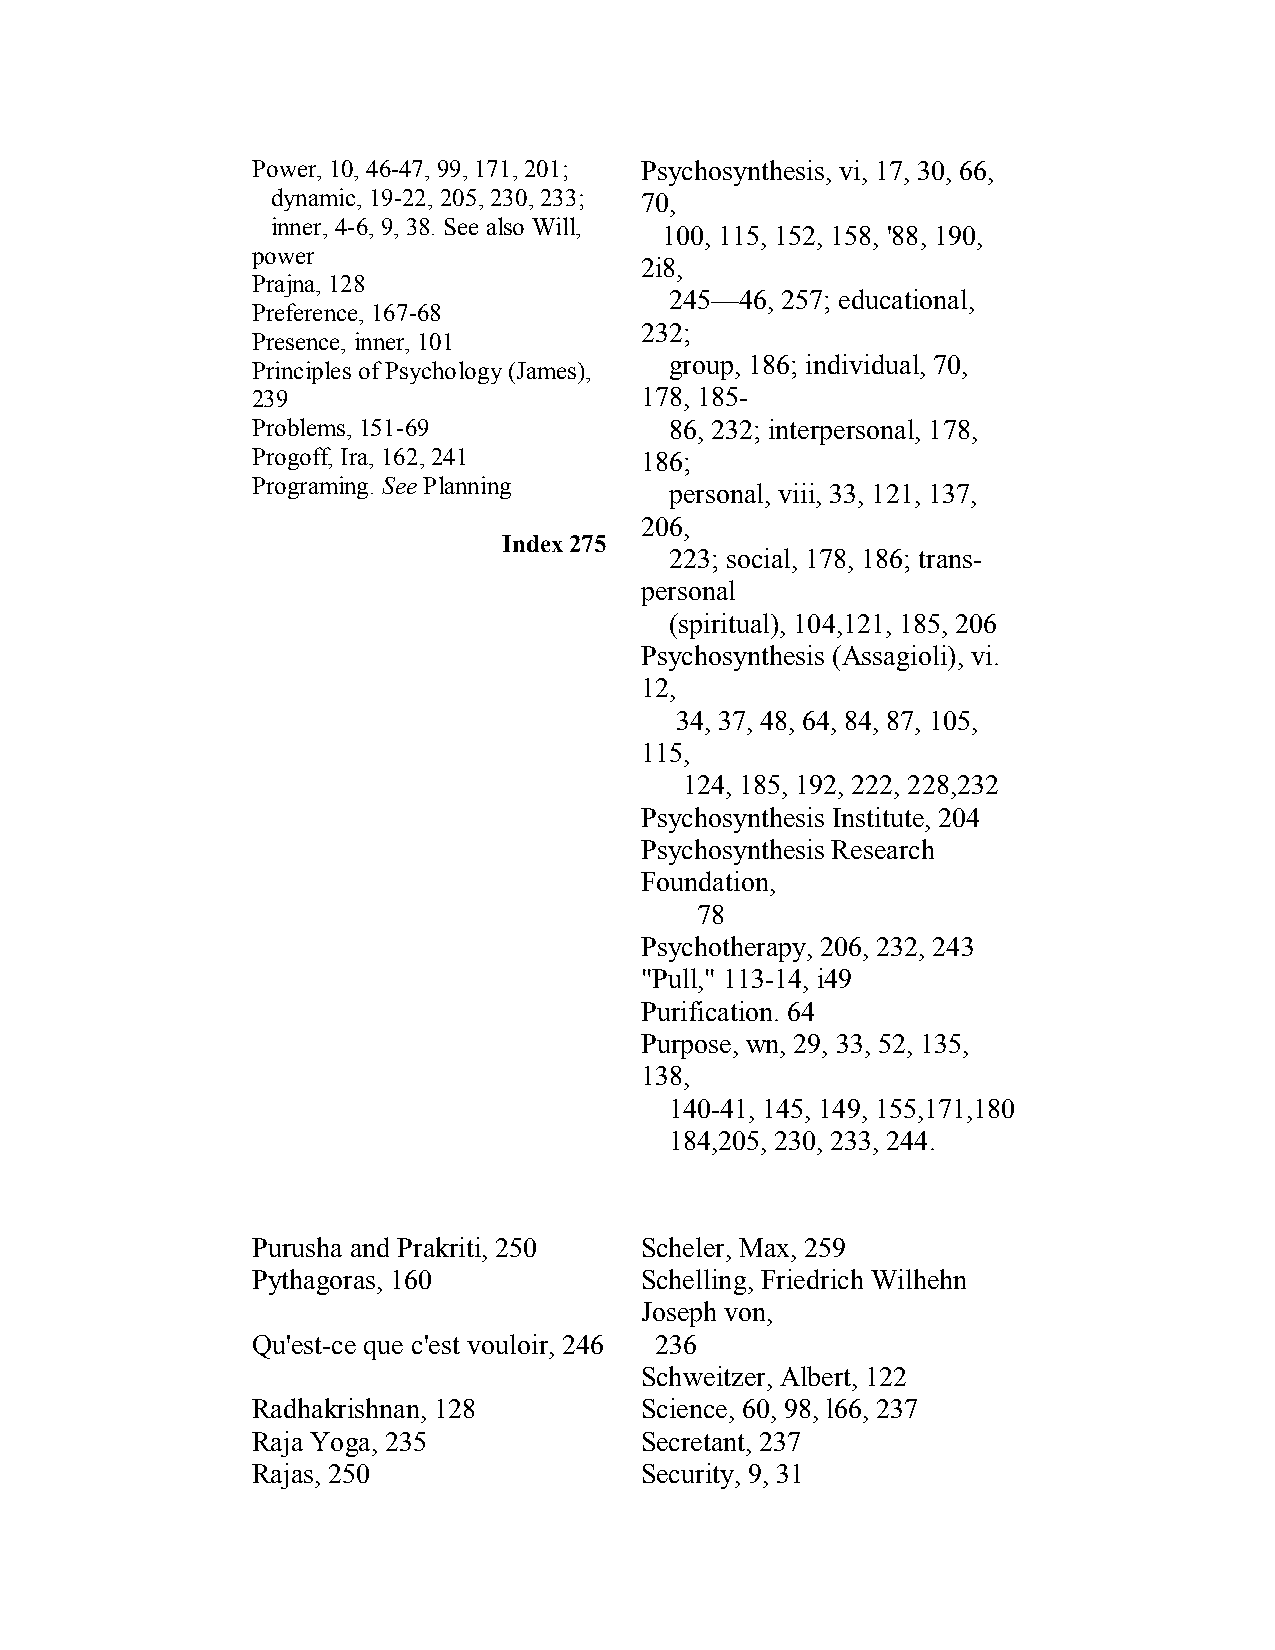
Power, 10, 46­47, 99, 171, 201; Psychosynthesis, vi, 17, 30, 66,
 dynamic, 19­22, 205, 230, 233; 70,
 inner, 4­6, 9, 38. See also Will,
 100, 115, 152, 158, '88, 190,
 power
 2i8,
 Prajna, 128
 245—46, 257; educational,
 Preference, 167­68
 232;
 Presence, inner, 101
 group, 186; individual, 70,
 Principles of Psychology (James),
 239                      178, 185­
 Problems, 151­69           86, 232; interpersonal, 178,
 Progoff, Ira, 162, 241   186;
 Programing. See Planning
 personal, viii, 33, 121, 137,
 206,
 Index 275
 223; social, 178, 186; trans­
 personal
 (spiritual), 104,121, 185, 206
 Psychosynthesis (Assagioli), vi.
 12,
 34, 37, 48, 64, 84, 87, 105,
 115,
 124, 185, 192, 222, 228,232
 Psychosynthesis Institute, 204
 Psychosynthesis Research
 Foundation,
 78
 Psychotherapy, 206, 232, 243
 "Pull," 113­14, i49
 Purification. 64
 Purpose, wn, 29, 33, 52, 135,
 138,
 140­41, 145, 149, 155,171,180
 184,205, 230, 233, 244.
 Purusha and Prakriti, 250 Scheler, Max, 259
 Pythagoras, 160          Schelling, Friedrich Wilhehn
 Joseph von,
 Qu'est­ce que c'est vouloir, 246 236
 Schweitzer, Albert, 122
 Radhakrishnan, 128       Science, 60, 98, l66, 237
 Raja Yoga, 235           Secretant, 237
 Rajas, 250               Security, 9, 31